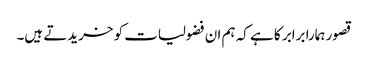
قصور ہمارا برابر کا ہے کہ ہم ان فضولیات کو خریدتے ہیں۔